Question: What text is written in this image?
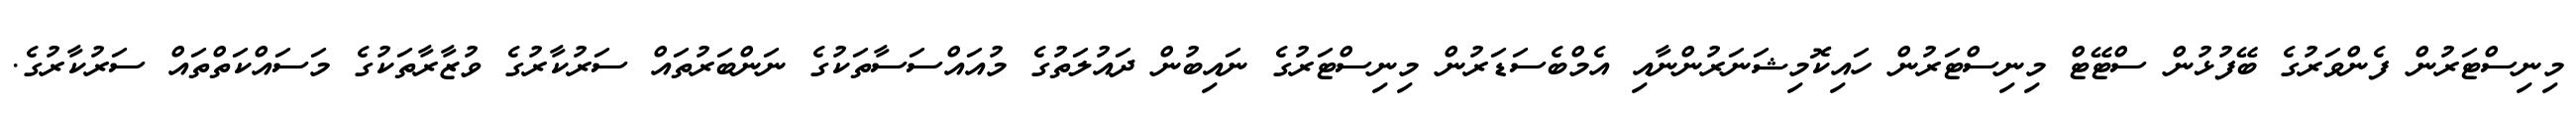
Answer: މިނިސްޓަރުން ފެންވަރުގެ ބޭފުޅުން ސްޓޭޓް މިނިސްޓަރުން ހައިކޮމިޝަނަރުންނާއި އެމްބެސަޑަރުން މިނިސްޓަރުގެ ނައިބުން ދައުލަތުގެ މުއައްސަސާތަކުގެ ނަންބަރުތައް ސަރުކާރުގެ ވުޒާރާތަކުގެ މަސައްކަތްތައް ސަރުކާރުގެ.